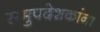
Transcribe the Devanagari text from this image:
समुपदेशकांना